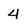
Character: 4